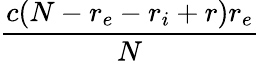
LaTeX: \frac{c(N-r_{e}-r_{i}+r)r_{e}}{N}